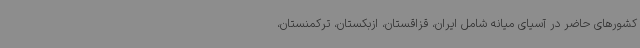
کشورهای حاضر در آسیای میانه شامل ایران، قزاقستان، ازبکستان، ترکمنستان،